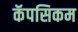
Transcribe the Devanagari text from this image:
कॅपसिकम